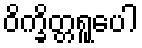
ဝိက္ခိတ္တရူပေါ